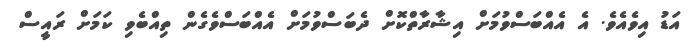
އަޑު އިވެއެވެ. އެ އެއްބަސްވުމަށް އިޝާރާތްކޮށް ދެބަސްވުމަށް އެއްބަސްވެގެން ތިއްބެވި ކަމަށް ރައީސް